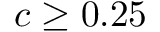
c \ge 0 . 2 5